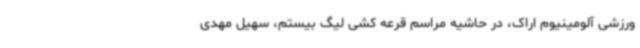
ورزشی آلومینیوم اراک، در حاشیه مراسم قرعه کشی لیگ بیستم، سهیل مهدی